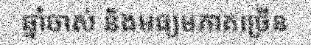
ឆ្នាំចាស់ និងមធ្យមភាគច្រើន